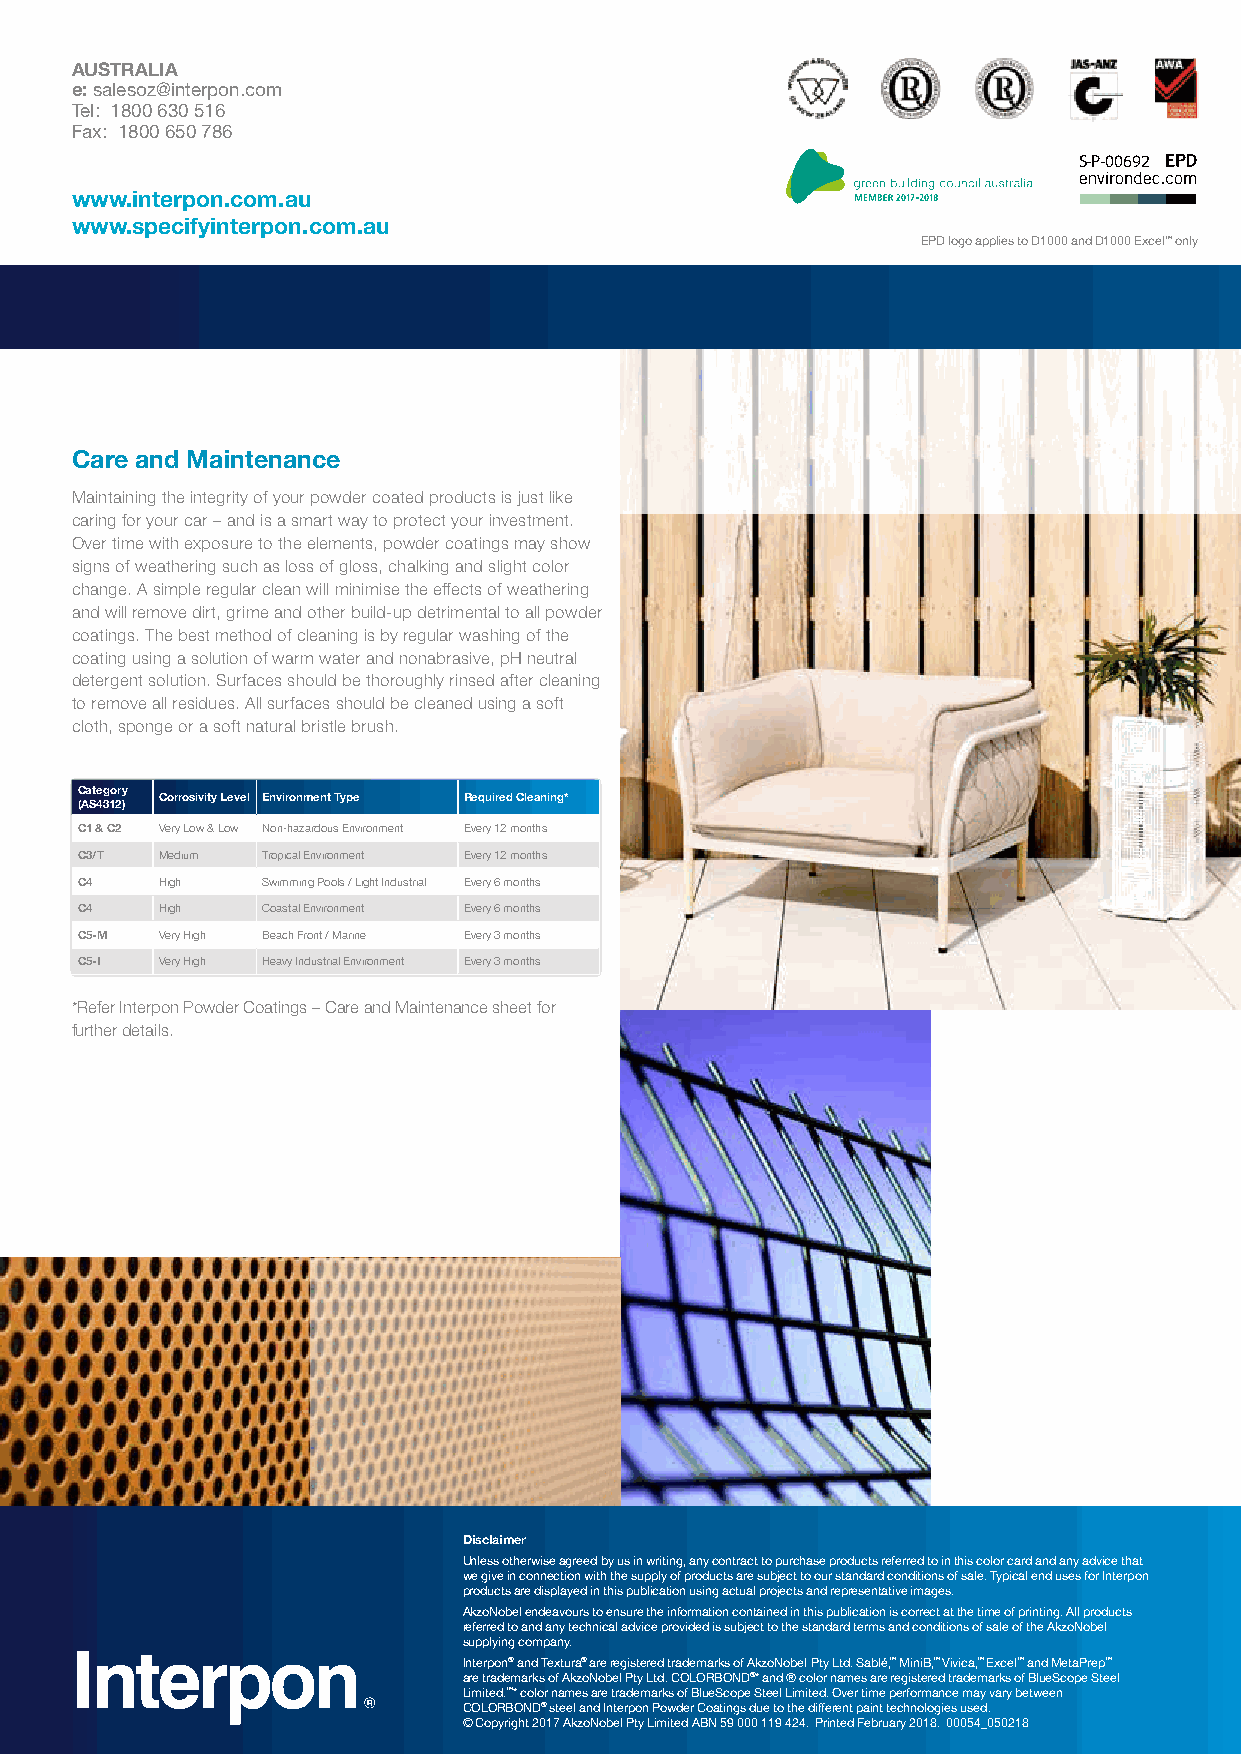
AUSTRALIA
 e: salesoz@interpon.com
 Tel: 1800 630 516
 Fax: 1800 650 786
 S-P-00692
 www.interpon.com.au
 www.specifyinterpon.com.au
 EPD logo applies to D1000 and D1000 Excel™ only
 Care and Maintenance
 Maintaining the integrity of your powder coated products is just like
 caring for your car – and is a smart way to protect your investment.
 Over time with exposure to the elements, powder coatings may show
 signs of weathering such as loss of gloss, chalking and slight color
 change. A simple regular clean will minimise the effects of weathering
 and will remove dirt, grime and other build-up detrimental to all powder
 coatings. The best method of cleaning is by regular washing of the
 coating using a solution of warm water and nonabrasive, pH neutral
 detergent solution. Surfaces should be thoroughly rinsed after cleaning
 to remove all residues. All surfaces should be cleaned using a soft
 cloth, sponge or a soft natural bristle brush.
 Category
 Corrosivity Level Environment Type Required Cleaning*
 (AS4312)
 C1 & C2 Very Low & Low Non-hazardous Environment Every 12 months
 C3/T  Medium Tropical Environment Every 12 months
 C4    High  Swimming Pools / Light Industrial Every 6 months
 C4    High  Coastal Environment Every 6 months
 C5-M  Very High Beach Front / Marine Every 3 months
 C5-I  Very High Heavy Industrial Environment Every 3 months
 *Refer Interpon Powder Coatings – Care and Maintenance sheet for
 further details.
 Disclaimer
 Unless otherwise agreed by us in writing, any contract to purchase products referred to in this color card and any advice that
 we give in connection with the supply of products are subject to our standard conditions of sale. Typical end uses for Interpon
 products are displayed in this publication using actual projects and representative images.
 AkzoNobel endeavours to ensure the information contained in this publication is correct at the time of printing. All products
 referred to and any technical advice provided is subject to the standard terms and conditions of sale of the AkzoNobel
 supplying company.
 Interpon® and Textura® are registered trademarks of AkzoNobel Pty Ltd. Sablé,™ MiniB,™ Vivica,™ Excel™ and MetaPrep™
 are trademarks of AkzoNobel Pty Ltd. COLORBOND®* and ® color names are registered trademarks of BlueScope Steel
 Limited.™* color names are trademarks of BlueScope Steel Limited. Over time performance may vary between
 COLORBOND® steel and Interpon Powder Coatings due to the different paint technologies used.
 © Copyright 2017 AkzoNobel Pty Limited ABN 59 000 119 424. Printed February 2018. 00054_050218